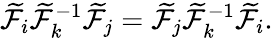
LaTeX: \widetilde{\cal F}_{i}\widetilde{\cal F}_{k}^{-1}\widetilde{\cal F}_{j}=\widetilde{\cal F}_{j}\widetilde{\cal F}_{k}^{-1}\widetilde{\cal F}_{i}.